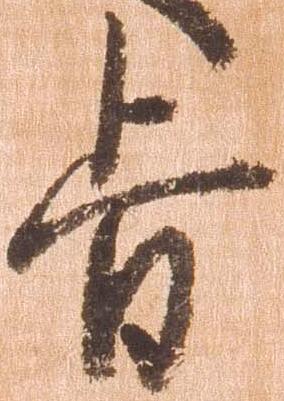
旨